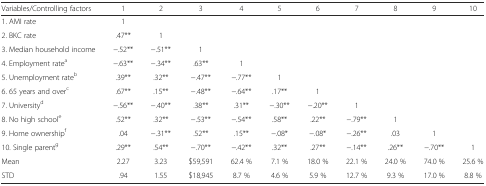
<table><thead><tr><td><b>Variables/Controlling factors</b></td><td><b>1</b></td><td><b>2</b></td><td><b>3</b></td><td><b>4</b></td><td><b>5</b></td><td><b>6</b></td><td><b>7</b></td><td><b>8</b></td><td><b>9</b></td><td><b>10</b></td></tr></thead><tbody><tr><td>1. AMI rate</td><td>1</td><td>[EMPTY_CELL]</td><td>[EMPTY_CELL]</td><td>[EMPTY_CELL]</td><td>[EMPTY_CELL]</td><td>[EMPTY_CELL]</td><td>[EMPTY_CELL]</td><td>[EMPTY_CELL]</td><td>[EMPTY_CELL]</td><td>[EMPTY_CELL]</td></tr><tr><td>2. BKC rate</td><td>.47**</td><td>1</td><td>[EMPTY_CELL]</td><td>[EMPTY_CELL]</td><td>[EMPTY_CELL]</td><td>[EMPTY_CELL]</td><td>[EMPTY_CELL]</td><td>[EMPTY_CELL]</td><td>[EMPTY_CELL]</td><td>[EMPTY_CELL]</td></tr><tr><td>3. Median household income</td><td>−.52**</td><td>−.51**</td><td>1</td><td>[EMPTY_CELL]</td><td>[EMPTY_CELL]</td><td>[EMPTY_CELL]</td><td>[EMPTY_CELL]</td><td>[EMPTY_CELL]</td><td>[EMPTY_CELL]</td><td>[EMPTY_CELL]</td></tr><tr><td>4. Employment rate<sup>a</sup></td><td>−.63**</td><td>−.34**</td><td>.63**</td><td>1</td><td>[EMPTY_CELL]</td><td>[EMPTY_CELL]</td><td>[EMPTY_CELL]</td><td>[EMPTY_CELL]</td><td>[EMPTY_CELL]</td><td>[EMPTY_CELL]</td></tr><tr><td>5. Unemployment rate<sup>b</sup></td><td>.39**</td><td>.32**</td><td>−.47**</td><td>−.77**</td><td>1</td><td>[EMPTY_CELL]</td><td>[EMPTY_CELL]</td><td>[EMPTY_CELL]</td><td>[EMPTY_CELL]</td><td>[EMPTY_CELL]</td></tr><tr><td>6. 65 years and over<sup>c</sup></td><td>.67**</td><td>.15**</td><td>−.48**</td><td>−.64**</td><td>.17**</td><td>1</td><td>[EMPTY_CELL]</td><td>[EMPTY_CELL]</td><td>[EMPTY_CELL]</td><td>[EMPTY_CELL]</td></tr><tr><td>7. University<sup>d</sup></td><td>−.56**</td><td>−.40**</td><td>.38**</td><td>.31**</td><td>−.30**</td><td>−.20**</td><td>1</td><td>[EMPTY_CELL]</td><td>[EMPTY_CELL]</td><td>[EMPTY_CELL]</td></tr><tr><td>8. No high school<sup>e</sup></td><td>.52**</td><td>.32**</td><td>−.53**</td><td>−.54**</td><td>.58**</td><td>.22**</td><td>−.79**</td><td>1</td><td>[EMPTY_CELL]</td><td>[EMPTY_CELL]</td></tr><tr><td>9. Home ownership<sup>f</sup></td><td>.04</td><td>−.31**</td><td>.52**</td><td>.15**</td><td>−.08*</td><td>−.08*</td><td>−.26**</td><td>.03</td><td>1</td><td>[EMPTY_CELL]</td></tr><tr><td>10. Single parent<sup>g</sup></td><td>.29**</td><td>.54**</td><td>−.70**</td><td>−.42**</td><td>.32**</td><td>.27**</td><td>−.14**</td><td>.26**</td><td>−.70**</td><td>1</td></tr><tr><td>Mean</td><td>2.27</td><td>3.23</td><td>$59,591</td><td>62.4 %</td><td>7.1 %</td><td>18.0 %</td><td>22.1 %</td><td>24.0 %</td><td>74.0 %</td><td>25.6 %</td></tr><tr><td>STD</td><td>.94</td><td>1.55</td><td>$18,945</td><td>8.7 %</td><td>4.6 %</td><td>5.9 %</td><td>12.7 %</td><td>9.3 %</td><td>17.0 %</td><td>8.8 %</td></tr></tbody></table>